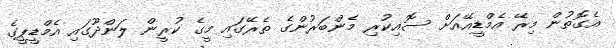
އެގޮތުން މިރޭ އެމްޑީއޭއަށް ސޮއިކުރި މެންބަރުންގެ ތެރޭގައި މީގެ ކުރީން ލަންދޫގައި އެމްޑީޕީގެ